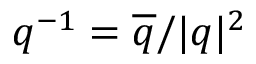
q ^ { - 1 } = \overline { { q } } / \vert q \vert ^ { 2 }